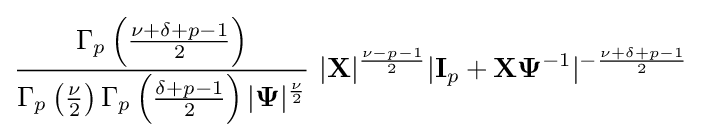
{\frac {\Gamma _{p}\left({\frac {\nu +\delta +p-1}{2}}\right)}{\Gamma _{p}\left({\frac {\nu }{2}}\right)\Gamma _{p}\left({\frac {\delta +p-1}{2}}\right)|\mathbf {\Psi } |^{\frac {\nu }{2}}}}~|{\mathbf {X} }|^{\frac {\nu -p-1}{2}}|{\textbf {I}}_{p}+{\mathbf {X} }\mathbf {\Psi } ^{-1}|^{-{\frac {\nu +\delta +p-1}{2}}}